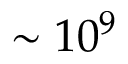
\sim 1 0 ^ { 9 }